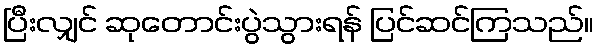
ပြီးလျှင် ဆုတောင်းပွဲသွားရန် ပြင်ဆင်ကြသည်။